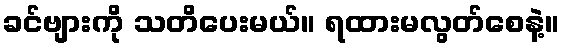
ခင်ဗျားကို သတိပေးမယ်။ ရထားမလွတ်စေနဲ့။